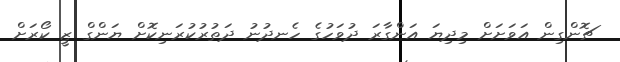
ޗޮންގިން އަވަށަށް މިދިޔަ އަންގާރަ ދުވަހުގެ ހެނދުނު ދަތުރުކުރަނިކޮށް ޔަންގް ޒީ ކޯރަށް